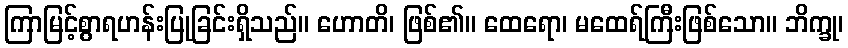
ကြာမြင့်စွာရဟန်းပြုခြင်းရှိသည်။ ဟောတိ၊ ဖြစ်၏။ ထေရော၊ မထေရ်ကြီးဖြစ်သော။ ဘိက္ခု၊